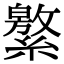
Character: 𦅾